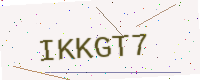
Text: IKKGT7